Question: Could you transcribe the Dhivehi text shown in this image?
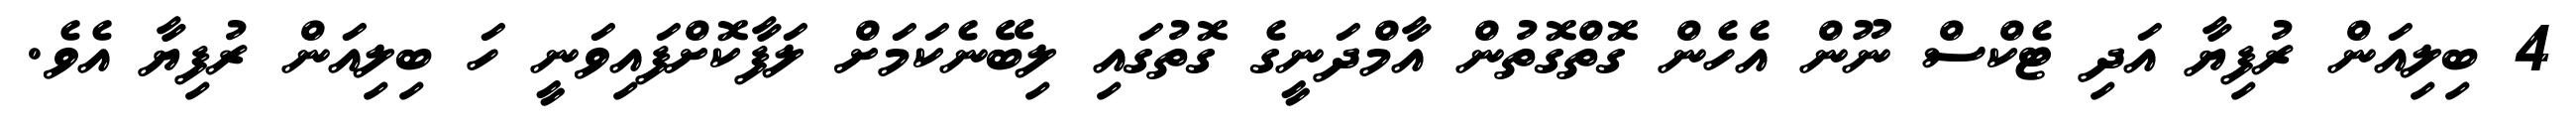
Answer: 4 ބިލިއަން ރުފިޔާ އަދި ޓެކްސް ނޫން އެހެން ގޮތްގޮތުން އާމްދަނީގެ ގޮތުގައި ލިބޭނެކަމަށް ލަފާކޮށްފައިވަނީ ހަ ބިލިއަން ރުފިޔާ އެވެ.